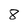
Character: 8